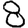
Digit: 8